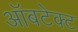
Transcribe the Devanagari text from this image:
ऑबटेक्ट